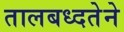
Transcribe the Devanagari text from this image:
तालबध्दतेने